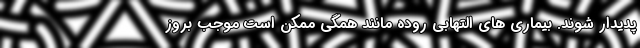
پدیدار شوند. بیماری های التهابی روده مانند همگی ممکن است موجب بروز